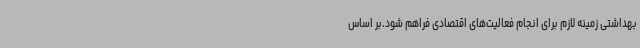
بهداشتی زمینه لازم برای انجام فعالیت‌های اقتصادی فراهم شود.بر اساس